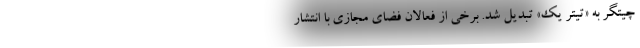
چیتگر به «تیتر یک» تبدیل شد. برخی از فعالان فضای مجازی با انتشار